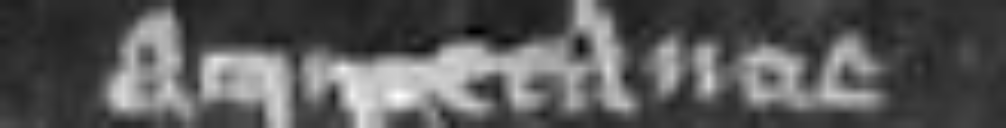
acquietancie